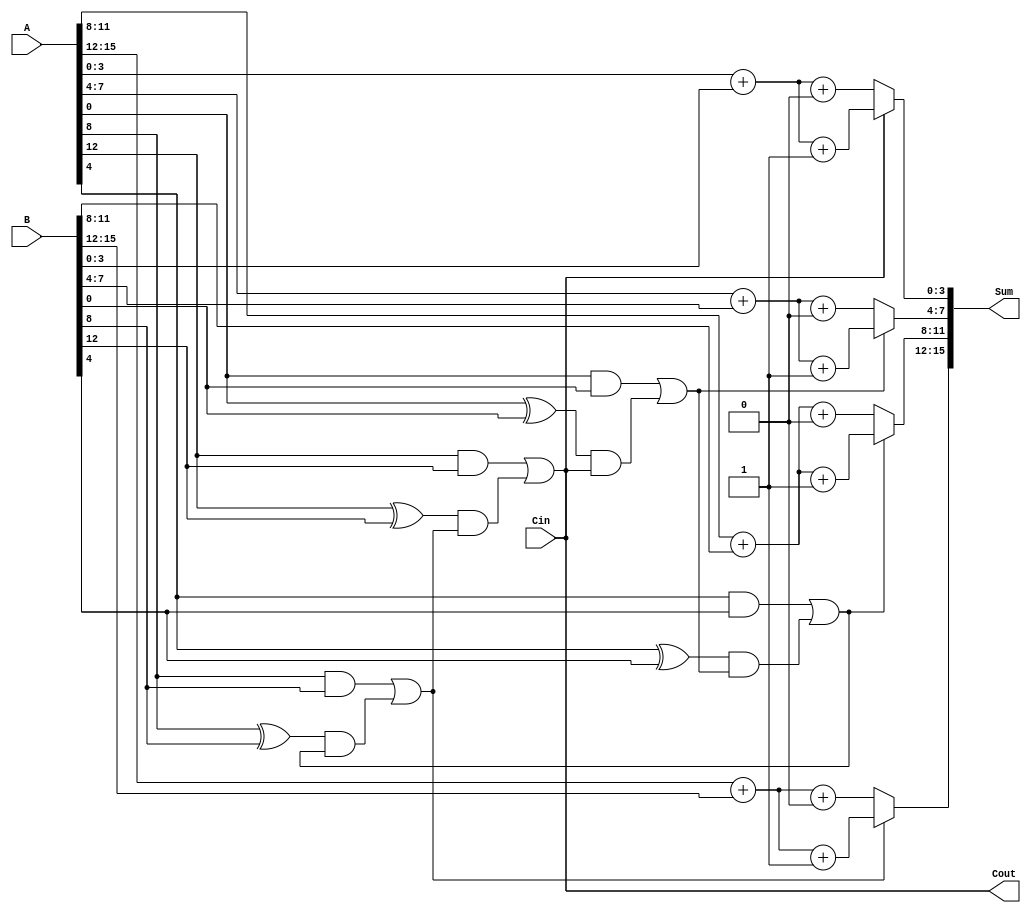
module CarrySelectAdder #(parameter N = 16, parameter M = 4) (
    input [N-1:0] A,
    input [N-1:0] B,
    input Cin,
    output [N-1:0] Sum,
    output Cout
);

    // Number of groups
    localparam K = N / M;

    // Internal signals
    wire [M-1:0] Sum0 [0:K-1];
    wire [M-1:0] Sum1 [0:K-1];
    wire [K-1:0] Cout0, Cout1;
    wire [K-1:0] G, P;
    wire [K:0] C; // Carry signals

    // Generate and Propagate signals for each group
    genvar i, j;
    generate
        for (i = 0; i < K; i = i + 1) begin : group
            // Calculate Generate and Propagate for each group
            assign G[i] = (A[M*i +: M] & B[M*i +: M]);
            assign P[i] = (A[M*i +: M] ^ B[M*i +: M]);

            // Ripple carry adder for Cin = 0
            assign {Cout0[i], Sum0[i]} = A[M*i +: M] + B[M*i +: M] + 1'b0;

            // Ripple carry adder for Cin = 1
            assign {Cout1[i], Sum1[i]} = A[M*i +: M] + B[M*i +: M] + 1'b1;
        end
    endgenerate

    // Carry Lookahead Logic
    assign C[0] = Cin;
    generate
        for (i = 1; i <= K; i = i + 1) begin : carry_logic
            assign C[i] = G[i-1] | (P[i-1] & C[i-1]);
        end
    endgenerate

    // Final Sum Calculation
    generate
        for (i = 0; i < K; i = i + 1) begin : final_sum
            assign Sum[M*i +: M] = C[i] ? Sum1[i] : Sum0[i];
            assign Cout[i] = C[i];
        end
    endgenerate

    assign Cout = C[K];

endmodule